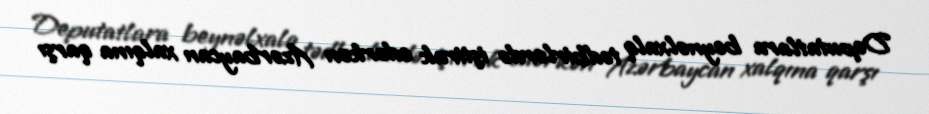
Deputatlara beynəlxalq tədbirlərdə iştirak edərkən Azərbaycan xalqına qarşı